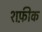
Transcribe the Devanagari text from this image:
शफ़ीक